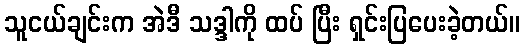
သူငယ်ချင်းက အဲဒီ သဒ္ဒါကို ထပ် ပြီး ရှင်းပြပေးခဲ့တယ်။